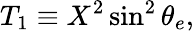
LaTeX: T_{1}\equiv X^{2}\sin^{2}\theta_{e},